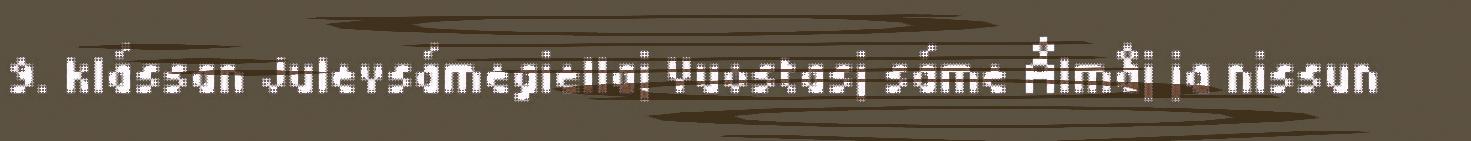
9. klássan Julevsámegiellaj Vuostasj sáme Ålmåj ja nissun